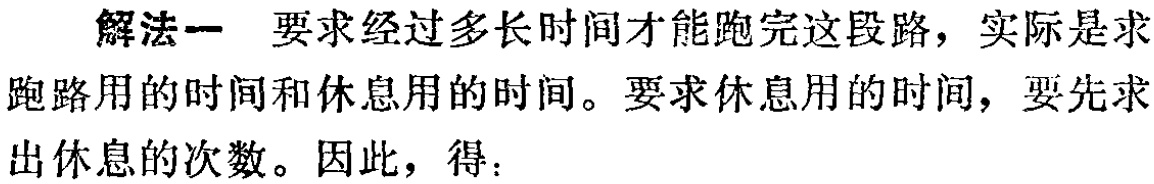
解法一 要求经过多长时间才能跑完这段路，实际是求跑路用的时间和休息用的时间。要求休息用的时间，要先求出休息的次数。因此，得：